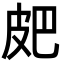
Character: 㿬